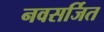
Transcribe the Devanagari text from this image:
नवसर्जित